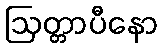
ဩတ္တာပီနော